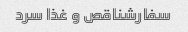
سفارشناقص و غذا سرد